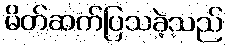
မိတ်ဆက်ပြသခဲ့သည်